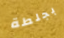
بجلطة